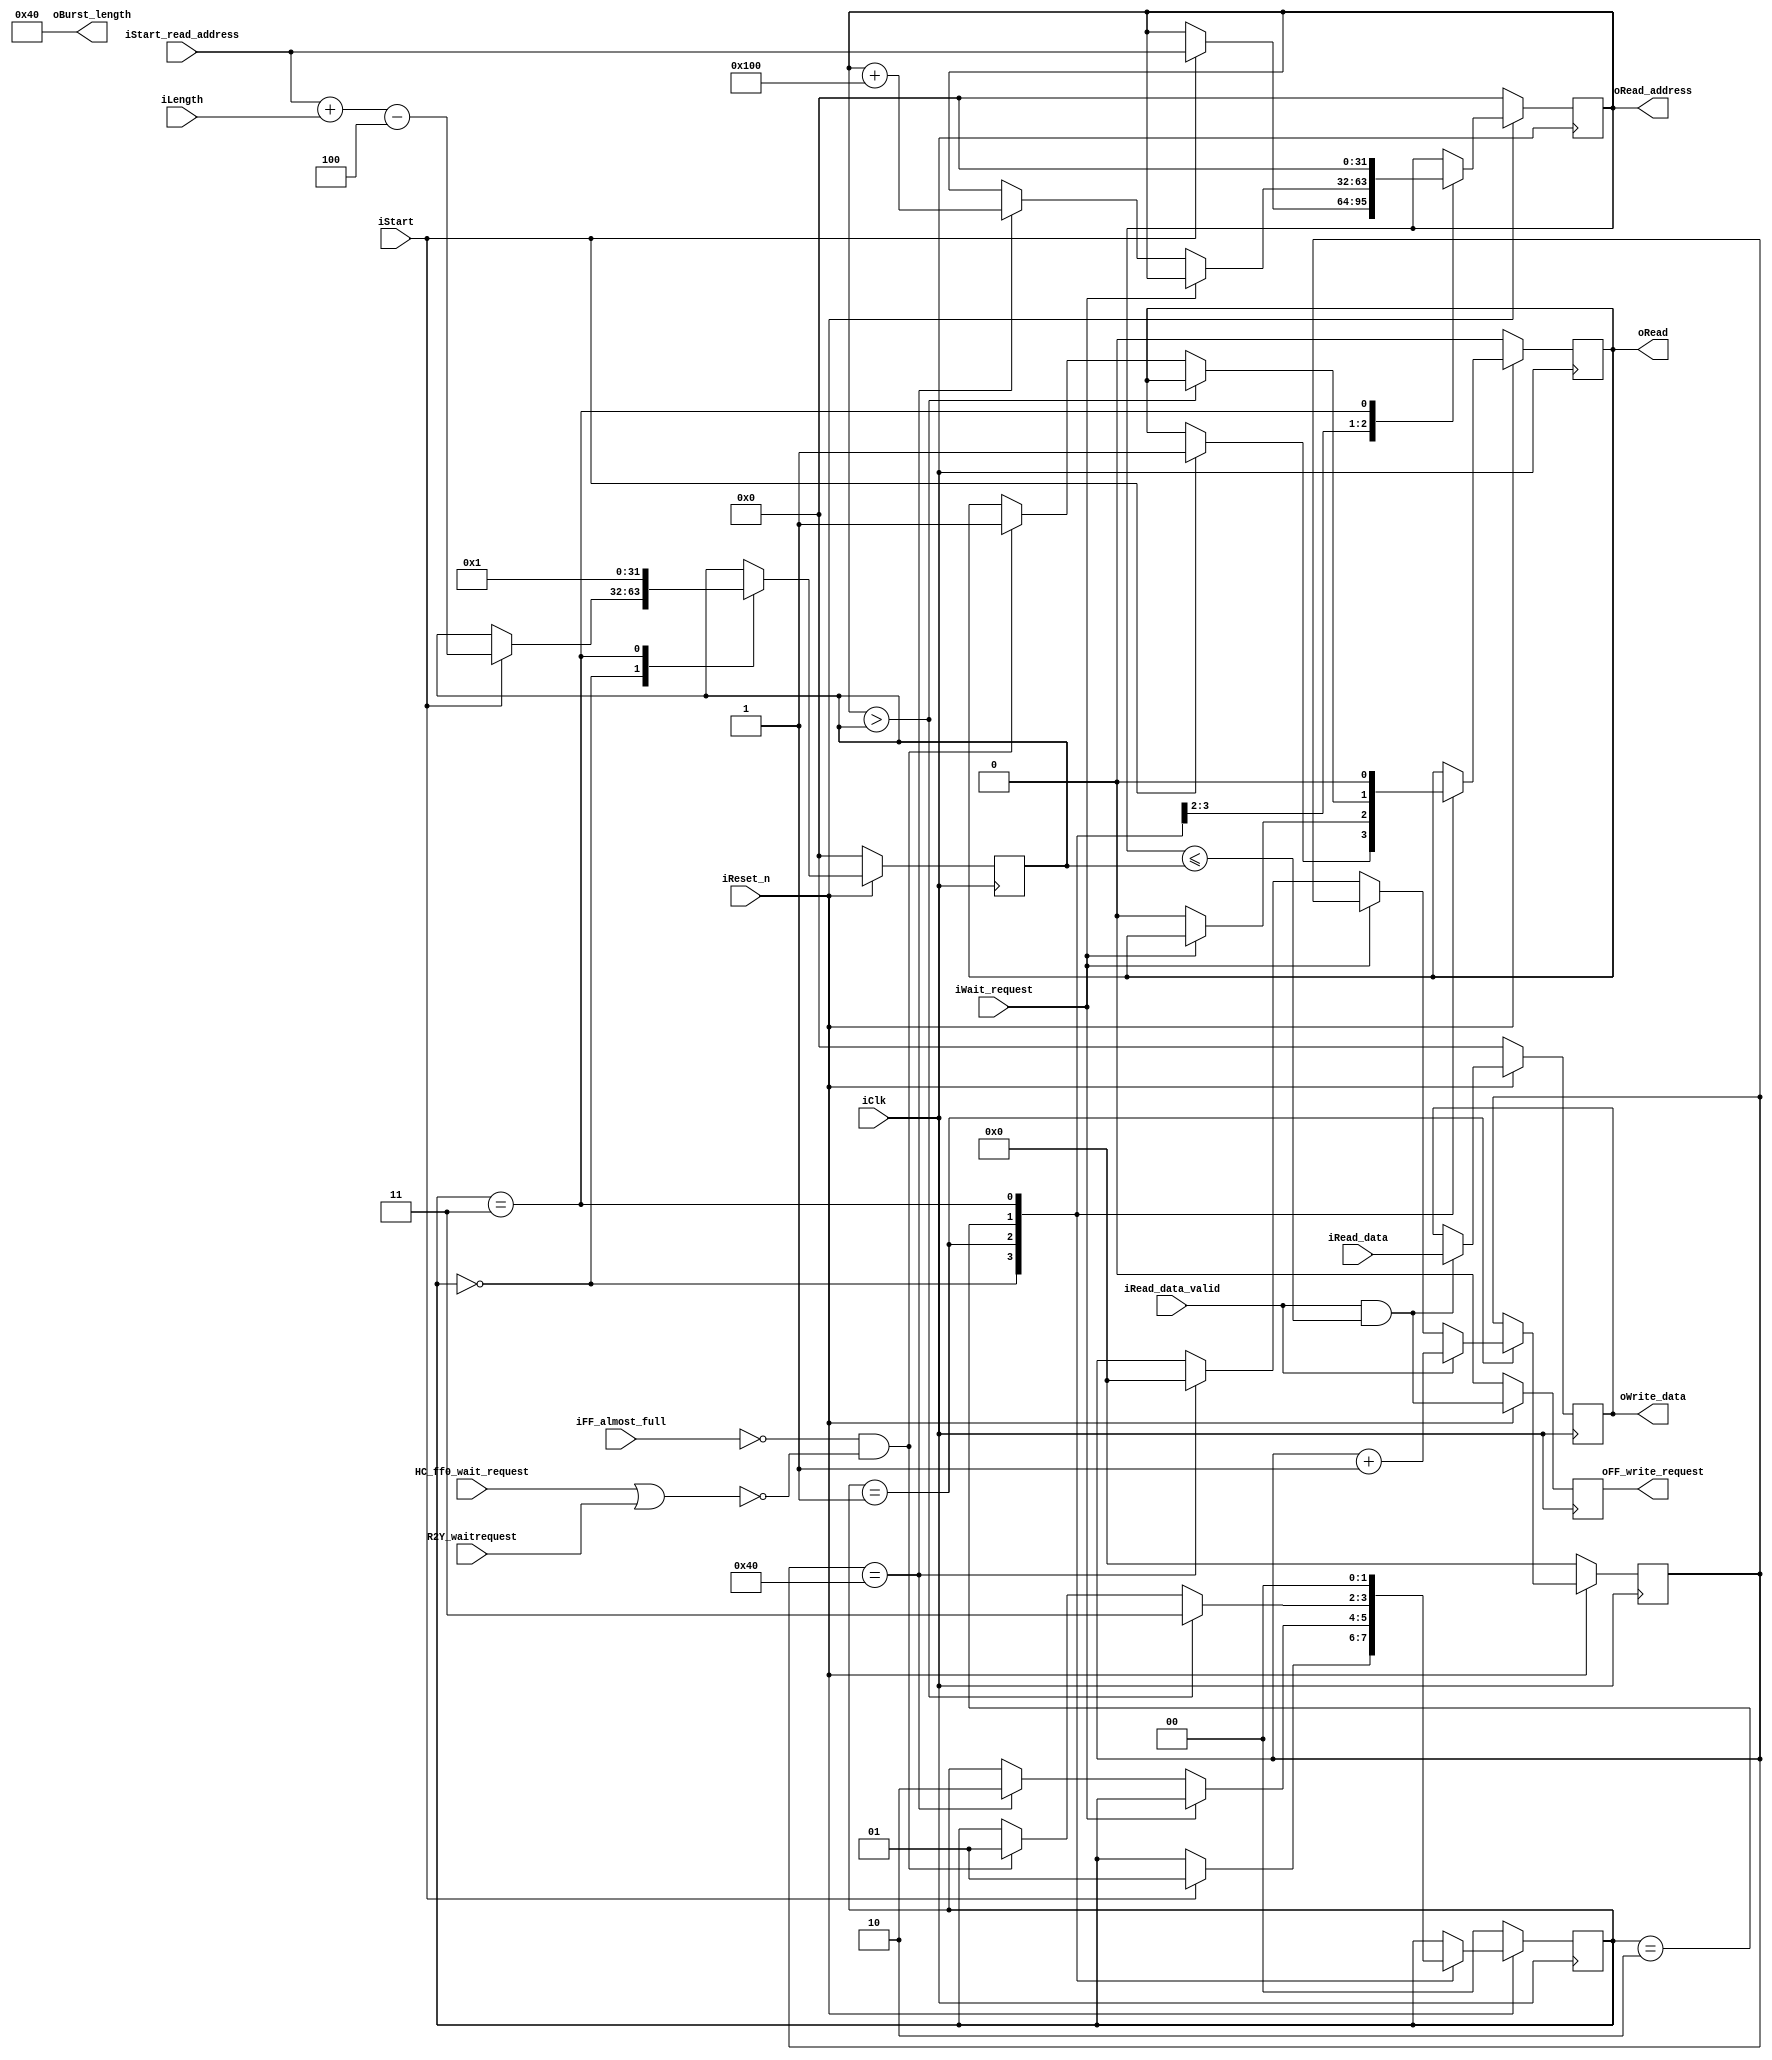
// Doc tu PSRAM, moi burst 16 phan tu -> oBurst_length = 16
// MASTER_READ ho tro toi da burst 128

module ic_master_read_burst (
							iClk,
							iReset_n,
							// Inputs 
							iStart,
							iRead_data_valid,
							iWait_request,
							iFF_almost_full,
							HC_ff0_wait_request,
							R2Y_waitrequest,
							
							iStart_read_address,
							iLength,
							iRead_data,
							
							// Outputs
							oRead,
							oRead_address,
							oFF_write_request,
							oBurst_length,
							oWrite_data								
						);
							
parameter			BURST_LENGTH 		= 8'd64;
parameter			ADDRESS_INC 		= 4;
localparam			BURST_ADDRESS_INC 	= (BURST_LENGTH * ADDRESS_INC);
// ============================================
// Input/Output Declarations
// ============================================
input				iClk,
					iReset_n;
// Inputs 
input				iStart,
					iRead_data_valid,
					iWait_request,
					iFF_almost_full;
input				HC_ff0_wait_request,
					R2Y_waitrequest;
input	[31:0]		iStart_read_address,
					iLength;
input	[31:0]		iRead_data;

output				oRead;
output				oFF_write_request;
output	[7:0]		oBurst_length;
output	[31:0]		oRead_address;
output	[31:0]		oWrite_data;

// ============================================
// Wire Declarations
// ============================================
wire				read_data_valid;

// ============================================
// Reg Declarations
// ============================================
reg					oRead,
					oFF_write_request;
reg		[1:0]		state;
reg		[7:0]		burst_count;
reg		[31:0]		end_read_address,
					oRead_address,
					oWrite_data;

// ========================================================
// Main Process
// ========================================================
assign oBurst_length   = BURST_LENGTH;
assign read_data_valid = iRead_data_valid && (oRead_address <= end_read_address);

///
always @ (posedge iClk)
begin
	if (~iReset_n)
	begin
		oWrite_data 		<= 32'h0;
		oFF_write_request	<= 1'b0;
	end
	
	else
	begin
		oWrite_data 		<= read_data_valid ? iRead_data : oWrite_data;
		oFF_write_request 	<= read_data_valid;
	end
end

/////
always @ (posedge iClk)
begin
	if (~iReset_n)
	begin
		oRead				<= 1'b0;
		oRead_address 		<= 32'h0;	
		burst_count			<= 8'h0;
		end_read_address 	<= 32'h0;
		state				<= 2'h0;
	end
	
	else 
		case (state)
			// bat dau START
			2'h0: if (iStart)
			begin
				oRead				<= 1'b1;
				oRead_address 		<= iStart_read_address;				
				end_read_address 	<= iStart_read_address + iLength - ADDRESS_INC;
				state				<= 2'h1;
			end	
			
			// neu wait_request ngung xac lap -> co du lieu hop le
			// doi doc du BURST_LENGTH du lieu tu slave gui ve
			2'h1: begin
				if (~iWait_request)
				begin
					oRead				<= 1'b0;
					if (burst_count == BURST_LENGTH)
					begin
						oRead_address	<= oRead_address + BURST_ADDRESS_INC;
						burst_count		<= 8'h0;
						state			<= 2'h2;
					end
				end
				if (iRead_data_valid)
					burst_count		<= burst_count + 1'b1;				
			end
			
			// Kiem tra dk stop, neu chua stop thi nhay len 1, stop thi nhay ve 3
			2'h2: begin
				if (oRead_address > end_read_address)
					state			<= 2'h3;
				else if (~iFF_almost_full && ~(HC_ff0_wait_request || R2Y_waitrequest))
				begin
					oRead				<= 1'b1;
					state				<= 2'h1;
				end
			end
			
			// Done, da doc xong LENGTH phan tu 
			2'h3: begin				
					oRead				<= 1'b0;
					oRead_address 		<= 32'h0;
					end_read_address 	<= 32'h1;		
					state				<= 2'h0;
			end

			default:;			
		endcase
end

endmodule